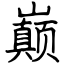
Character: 巅